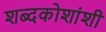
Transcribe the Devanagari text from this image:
शब्दकोशांशी